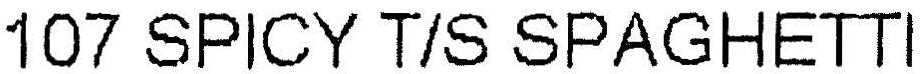
107 SPICY T/S SPAGHETTI